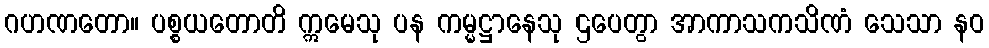
ဂဟဏတော။ ပစ္စယတောတိ ဣမေသု ပန ကမ္မဋ္ဌာနေသု ဌပေတွာ အာကာသကသိဏံ သေသာ နဝ